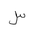
Letter: _sin